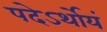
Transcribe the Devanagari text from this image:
पदेऽर्थोयं